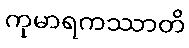
ကုမာရကဿာတိ